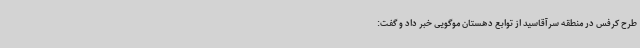
طرح کرفس در منطقه سرآقاسید از توابع دهستان موگویی خبر داد و گفت: